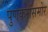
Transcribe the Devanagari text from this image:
पुणेकरांसमोर